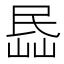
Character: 𡸧